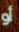
أو